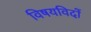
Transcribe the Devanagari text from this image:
विषयविदों